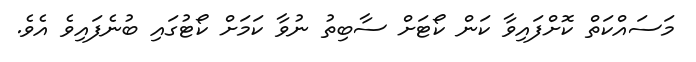
މަސައްކަތް ކޮށްފައިވާ ކަން ކޯޓަށް ސާބިތު ނުވާ ކަމަށް ކޯޓުގައި ބުނެފައިވެ އެވެ.